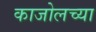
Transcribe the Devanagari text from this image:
काजोलच्या